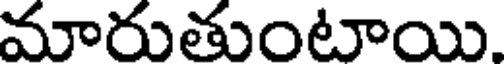
మారుతుంటాయి.